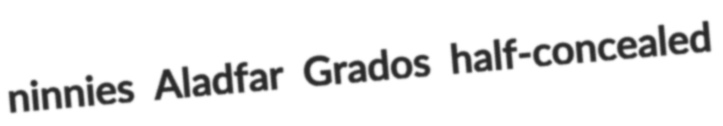
ninnies Aladfar Grados half-concealed